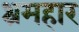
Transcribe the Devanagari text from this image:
श्रमहार